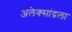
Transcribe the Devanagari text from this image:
अलेक्सांद्रला